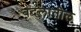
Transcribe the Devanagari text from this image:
बदलातील